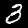
Digit: 3